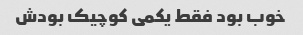
خوب بود فقط یکمی کوچیک بودش